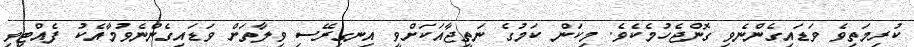
ކުރިމަތިވެ ވަޑައިގެންނެވި ގޮންޖެހުމެކެވެ. މިކަން ކަމުގެ ނަތީޖާއަކަށްވީ އިނގިރޭސި ވިލާތަށް ވަޑައިގެންނެވުމާއެކު ފެއްޓިވި